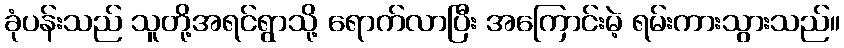
ခုံပန်းသည် သူတို့အရင်ရွာသို့ ရောက်လာပြီး အကြောင်းမဲ့ ရမ်းကားသွားသည်။